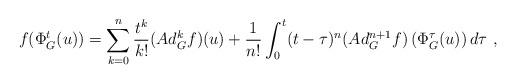
LaTeX: \begin{align*} f(\Phi^t_G(u))=\sum_{k=0}^n\frac{t^k}{k!}(Ad_G^kf)(u)+\frac{1}{n!}\int_0^t(t-\tau)^n(Ad_G^{n+1}f)\left(\Phi^\tau_G(u)\right) d\tau\ ,\end{align*}